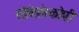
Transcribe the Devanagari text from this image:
तोलेप्रोस्कोपी